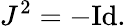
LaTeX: J^{2}=-{\mathrm{Id}}.